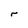
Character: r